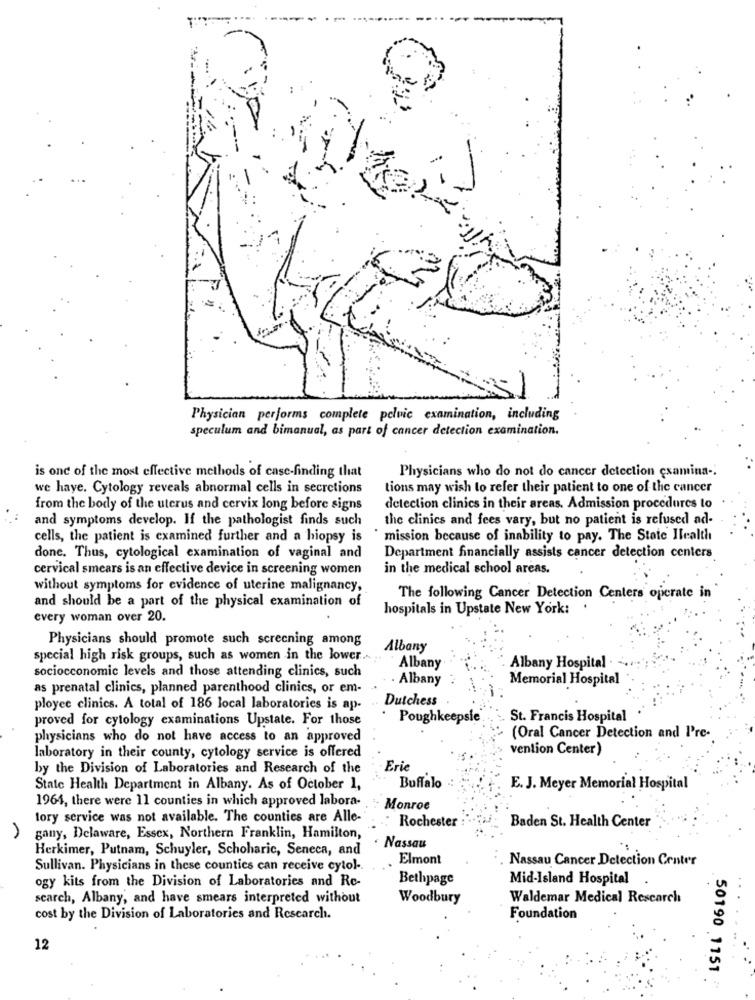
Physician performs complete pelvic examination, including
speculum and bimanual, as part of cancer detection examination.
is one of the most effective methods of case-finding that
Physicians who do not do cancer detection esamina -.
we have. Cytology reveals abnormal cells in secretions
tions may wish to refer their patient to one of the cancer
from the body of the uterus and cervix long before signs
detection clinics in their areas. Admission procedures to
and symptoms develop. If the pathologist finds such
the clinics and fees vary, but no patient is refused ad-
cells, the patient is examined further and a hiopsy is
mission because of inability to pay. The State Health
done. Thus, cytological examination of vaginal and
Department financially assists cancer detection centers
cervical smears is an effective device in screening women
in the medical school areas.
without symptoms for evidence of uterine malignancy,
The following Cancer Detection Centers operate in
and should be a part of the physical examination of
hospitals in Upstate New York:
every woman over 20.
Physicians should promote such screening among
Albany
special high risk groups, such as women in the lower ...
Albany
Albany Hospital
sociocconomic levels and those attending clinics, such
Albany
Memorial Hospital
as prenatal clinics, planned parenthood clinics, or em-
Dutchess
ployee clinics. A total of 186 local laboratories is ap-
proved for cytology examinations Upstate. For those
Poughkeepsie
St. Francis Hospital
physicians who do not have access to an approved
(Oral Cancer Detection and I're-
vention Center)
laboratory in their county, cytology service is offered
by the Division of Laboratories and Research of the
Eric
State Health Department in Albany. As of October 1,
Buffalo
E. J. Meyer Memorial Hospital
1964, there were 11 counties in which approved labora-
Monroe
tory service was not available. The counties are Alle-
Baden St. Health Center
Rochester
gany, Delaware, Essex, Northern Franklin, Hamilton,
Herkimer, Putnam, Schuyler, Schoharic, Seneca, and
Nassau
Elmont
Nassau Cancer Detection Center
Sullivan. Physicians in these counties can receive cytol-
ogy kits from the Division of Laboratories and Re-
Bethpage
Mid-Island Hospital
search, Albany, and have smears interpreted without
Woodbury
Waldemar Medical Research
cost by the Division of Laboratories and Research.
Foundation
12
50190 1151 "